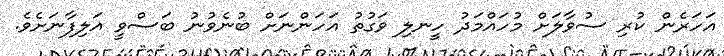
އަހަރެން ކުރި ސުވާލަށް މުހައްމަދު ހީނލި ވަގުތު އަހަންނަށް ބުނެވުނު ބަސްވީ އަލިފާނަށެވެ.